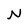
Character: N